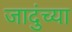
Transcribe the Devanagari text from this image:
जादुंच्या